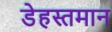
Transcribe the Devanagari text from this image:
डेहस्तमान